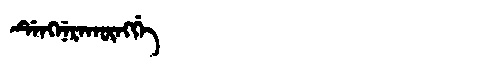
Manchu: ᡩᡝᠩᠨᡝᡵᠠᡴᡡᠩᡤᡝ
Romanization: DENGNERAKŪNGGE